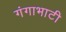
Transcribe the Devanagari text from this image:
गंगाभाटी